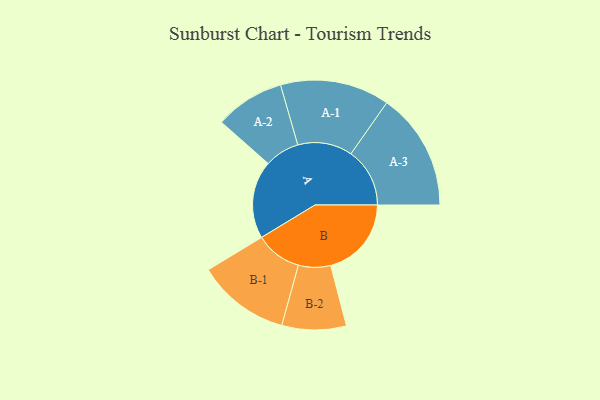
{"axis": {"x": "Segment", "y": "Value"}, "legend": ["", "A", "B"], "data": [{"x": "A", "y": 356, "type": ""}, {"x": "B", "y": 369, "type": ""}, {"x": "A-1", "y": 250, "type": "A"}, {"x": "A-2", "y": 159, "type": "A"}, {"x": "A-3", "y": 269, "type": "A"}, {"x": "B-1", "y": 212, "type": "B"}, {"x": "B-2", "y": 147, "type": "B"}]}